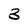
Character: 3